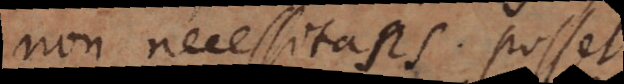
non necessitans. Posset